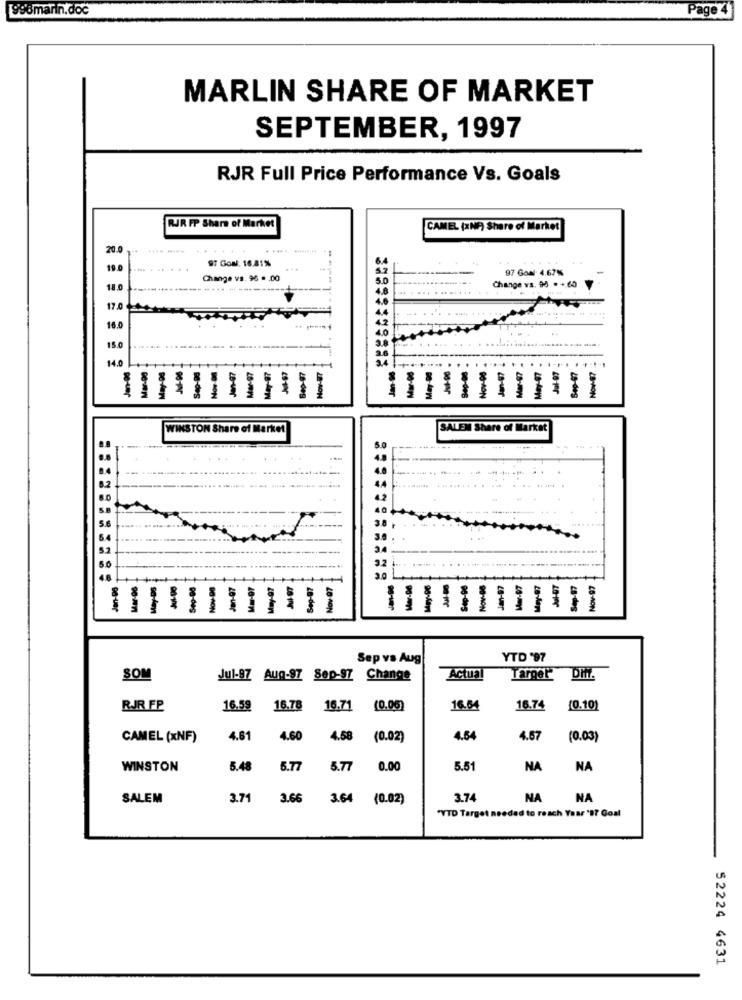
996marin.doc
Page
MARLIN SHARE OF MARKET
SEPTEMBER, 1997
RJR Full Price Performance Vs. Goals
RJR FP Share of Market
CAMEL (xNF) Share of Market
20.0
....
97 Goul: 16.81%
19.0
.... ......
97 Goal 4.67%
Change vs. 96 -. 00
18.0
------ ----
Change vs. 94 . +,60
17.0
16.0
15.0
14.0
Jan-00
Nov-98
May 07
La-deg
28-des
2B-ON
DO-de6
WINSTON Share of Market
SALEM Share of Market
5 0
lov-07
May-08
Sep-97
Nov-97
28-km
za-deg
Sep vs Aug
YTD '97
SOM
Jul-87 Aug-97 Sep-97
Change
Actua
Targer"
Diff.
RJR FP
16.59
16.78 16.71
(0.06)
16.64
16.74
(0.10)
CAMEL (xNF)
4.61
4.60
4.58
(0.02)
4.64
4.67
(0.03)
WINSTON
5.48
5.77
5.77
0.00
5.51
NA
NA
SALEM
3.71
3.66
3.64
(0.02)
3.74
NA
NA
"YTD Target needed to reach Year 'S? Goal
52224 4631